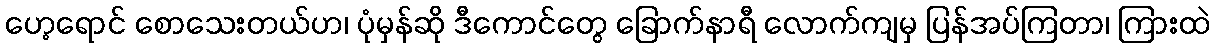
ဟေ့ရောင် စောသေးတယ်ဟ၊ ပုံမှန်ဆို ဒီကောင်တွေ ခြောက်နာရီ လောက်ကျမှ ပြန်အပ်ကြတာ၊ ကြားထဲ